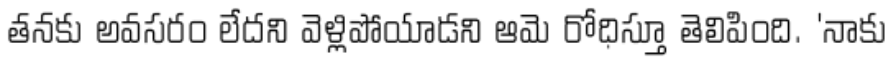
తనకు అవసరం లేదని వెళ్లిపోయాడని ఆమె రోధిస్తూ తెలిపింది. 'నాకు